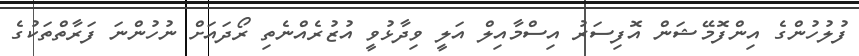
ފުލުހުންގެ އިންފޮމޭޝަން އޮފިސަރު އިސްމާއިލް އަލީ ވިދާޅުވީ އުޒުރެއްނެތި ރޯދައަށް ނުހުންނަ ފަރާތްތަކުގެ